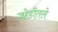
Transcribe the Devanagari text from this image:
जोडीतले